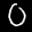
Label: 0